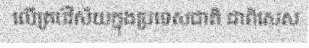
លើគ្រប់វិស័យក្នុងប្រទេសជាតិ ជាពិសេស